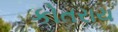
કોતરાય